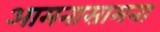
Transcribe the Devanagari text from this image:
आमनासामना